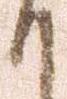
て